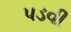
પડવી